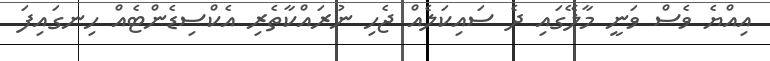
އިއްޔެ ވެސް ވަނީ މާލޭގައި ދެ ސައިކަލެއް ޖެހި ނުރައްކާތެރި އެކްސިޑެންޓެއް ހިނގައިފަ